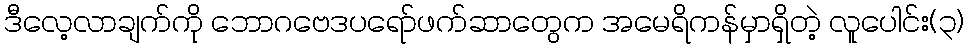
ဒီလေ့လာချက်ကို ဘောဂဗေဒပရော်ဖက်ဆာတွေက အမေရိကန်မှာရှိတဲ့ လူပေါင်း(၃)